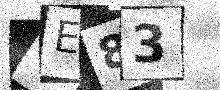
Text: QE83